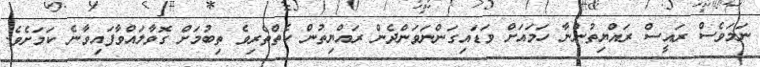
ނަމަވެސް ރައީސް ރައްޔިތުންނާ ހަމައަށް ވަޑައިގަންނަވަންދެން ރައްޔިތުން ކެތްތެރިވެ ތިބުމަށް ގޮވާލައްވާފައިވާނެ ކަމަށެވެ.